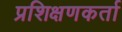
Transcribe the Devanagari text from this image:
प्रशिक्षणकर्ता